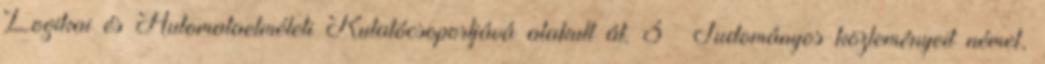
Logikai és Automataelméleti Kutatócsoportjává alakult át. 3 Tudományos közleményeit német,